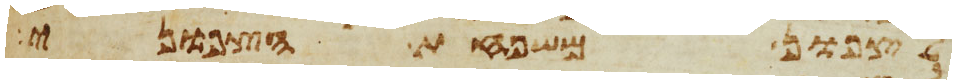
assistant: לצפון משפחת הצפוני